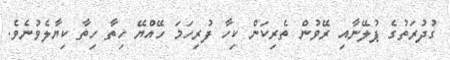
ގުދުރަތުގެ ޕުލޭނާއި ރޭވުން ތެރިކަން ކިހާ ފުރިހަމަ ހޭއްޔޭ ހިތާ ހިތާ ކިޔާލެވުނެވެ.